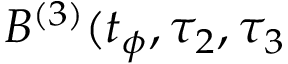
B ^ { ( 3 ) } ( t _ { \phi } , \tau _ { 2 } , \tau _ { 3 }